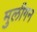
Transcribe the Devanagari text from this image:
मुलीगन